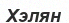
Хэлян